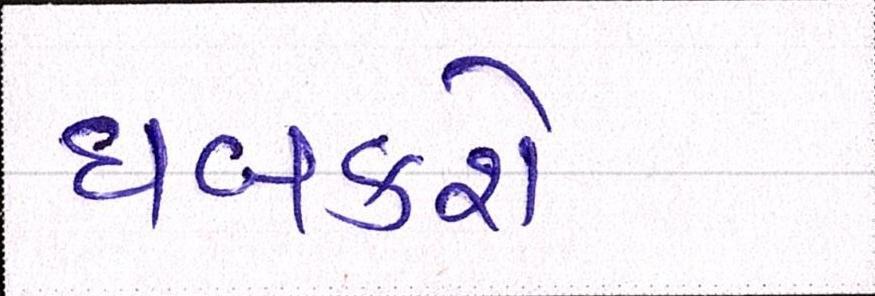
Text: ધબકશે